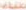
صناف